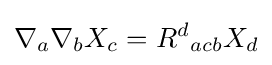
\nabla _{a}\nabla _{b}X_{c}=R^{d}{}_{acb}X_{d}